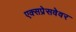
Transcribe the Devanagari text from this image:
एक्सप्रेसवेवर